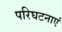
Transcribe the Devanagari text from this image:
परिघटनाएं